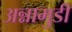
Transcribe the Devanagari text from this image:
अन्नामुडी